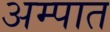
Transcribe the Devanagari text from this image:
अम्पात